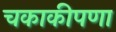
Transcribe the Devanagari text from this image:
चकाकीपणा